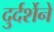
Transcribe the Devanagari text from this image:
दुर्दर्शेने